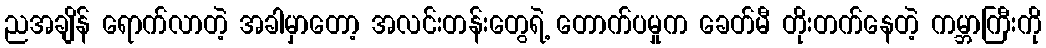
ညအချိန် ရောက်လာတဲ့ အခါမှာတော့ အလင်းတန်းတွေရဲ့ တောက်ပမှုက ခေတ်မီ တိုးတက်နေတဲ့ ကမ္ဘာကြီးကို